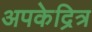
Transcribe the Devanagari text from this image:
अपकेद्रित्र